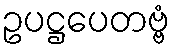
ဥပဋ္ဌပေတဗ္ဗံ